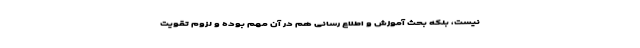
نیست،‌ بلکه بحث آموزش و اطلاع رسانی هم در آن مهم بوده و لزوم تقویت